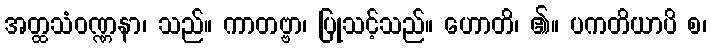
အတ္ထသံဝဏ္ဏနာ၊ သည်။ ကာတဗ္ဗာ၊ ပြုသင့်သည်။ ဟောတိ၊ ၏။ ပကတိယာပိ စ၊